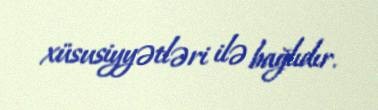
xüsusiyyətləri ilə bağlıdır.